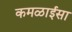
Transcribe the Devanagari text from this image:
कमळाईसा